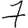
Digit: 7